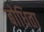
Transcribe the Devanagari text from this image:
बोधिता